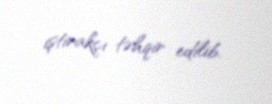
iştirakçı təhqir edilib.